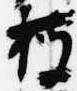
被